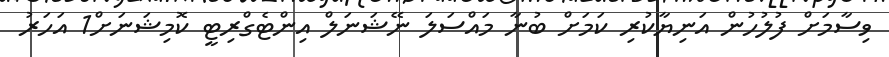
ވިސާމަށް ފުލުހުން އަނިޔާކުރި ކަމަށް ބުނާ މައްސަލަ ނޭޝަނަލް އިންޓެގްރިޓީ ކޮމިޝަނަށް1 އަހަރު